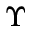
\Upsilon